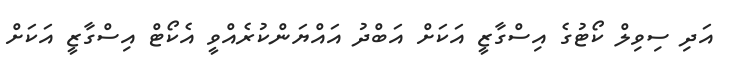
އަދި ސިވިލް ކޯޓުގެ އިސްގާޒީ އަކަށް އަބްދު އައްޔަންކުރެއްވީ އެކޯޓް އިސްގާޒީ އަކަށް